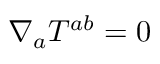
\nabla _ { a } T ^ { a b } = 0